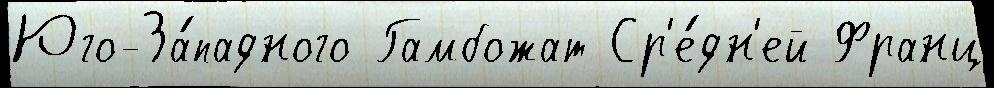
Юго-За́падного Гамбожат Ср'е́дн'ей Франц